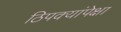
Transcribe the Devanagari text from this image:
ठिपक्यांपेक्षा